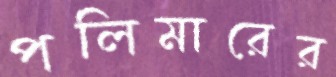
পলিমারের